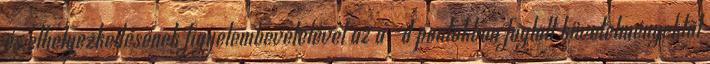
és elhelyezkedésének figyelembevételével az a -d pontokban foglalt követelményektõl